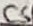
Text: CS